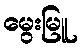
မွေးမြူ